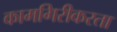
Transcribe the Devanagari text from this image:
कामगिरीकरता